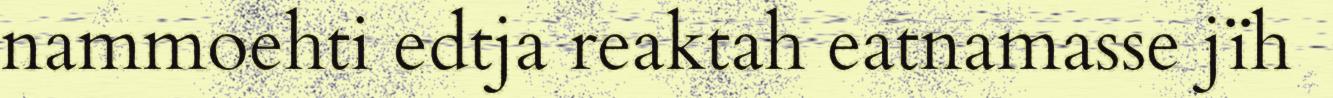
nammoehti edtja reaktah eatnamasse jïh